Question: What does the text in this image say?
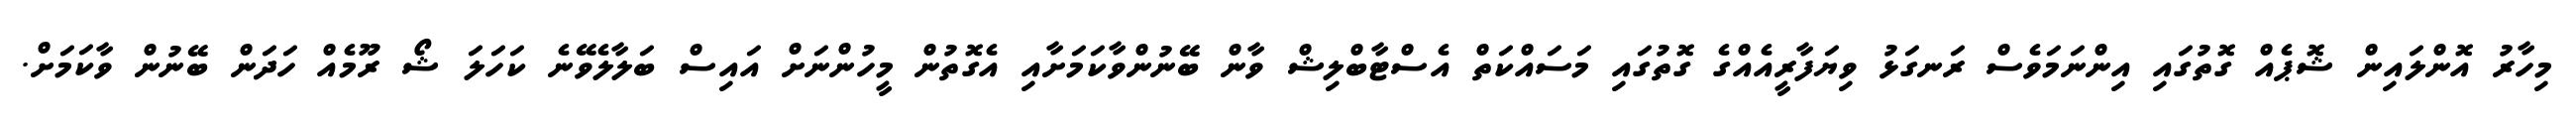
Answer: މިހާރު އޮންލައިން ޝޮޕެއް ގޮތުގައި އިންނަމަވެސް ރަނގަޅު ވިޔަފާރީއެއްގެ ގޮތުގައި މަސައްކަތް އެސްޓާބްލިޝް ވާން ބޭނުންވާކަމަށާއި އެގޮތުން މީހުންނަށް އައިސް ބަލާލެވޭނެ ކަހަލަ ޝޯ ރޫމެއް ހަދަން ބޭނުން ވާކަމަށް.